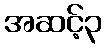
အဆင့်၃